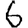
Digit: 6